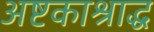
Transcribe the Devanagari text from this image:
अष्टकाश्राद्ध